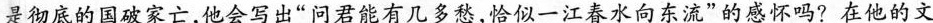
是彻底的国破家亡，他会写出”问君能有几多愁，恰似一江春水向东流”的感怀吗?在他的文